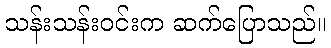
သန်းသန်းဝင်းက ဆက်ပြောသည်။